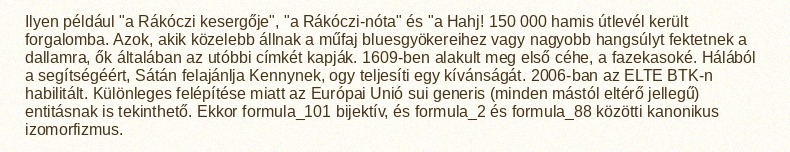
Ilyen például "a Rákóczi kesergője", "a Rákóczi-nóta" és "a Hahj! 150 000 hamis útlevél került forgalomba. Azok, akik közelebb állnak a műfaj bluesgyökereihez vagy nagyobb hangsúlyt fektetnek a dallamra, ők általában az utóbbi címkét kapják. 1609-ben alakult meg első céhe, a fazekasoké. Hálából a segítségéért, Sátán felajánlja Kennynek, ogy teljesíti egy kívánságát. 2006-ban az ELTE BTK-n habilitált. Különleges felépítése miatt az Európai Unió sui generis (minden mástól eltérő jellegű) entitásnak is tekinthető. Ekkor formula_101 bijektív, és formula_2 és formula_88 közötti kanonikus izomorfizmus.